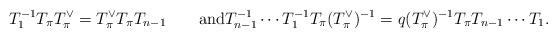
LaTeX: \begin{align*}T_1^{-1} T_\pi T_\pi^\vee = T_\pi^\vee T_\pi T_{n-1}\qquad\hbox{and}T^{-1}_{n-1}\cdots T_1^{-1} T_\pi (T_\pi^\vee)^{-1} = q(T_\pi^\vee)^{-1} T_\pi T_{n-1}\cdots T_1.\end{align*}